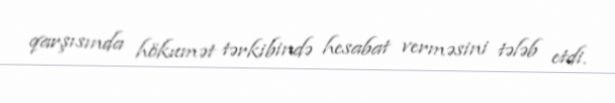
qarşısında hökumət tərkibində hesabat verməsini tələb etdi.